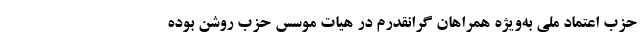
حزب اعتماد ملی به‌ویژه همراهان گرانقدرم در هیات موسس حزب روشن بوده